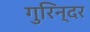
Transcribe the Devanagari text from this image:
गुरिन्दर